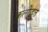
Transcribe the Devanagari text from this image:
कुलोद्भूत